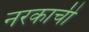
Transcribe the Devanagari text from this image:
नरकाची